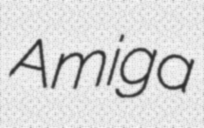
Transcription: Amiga